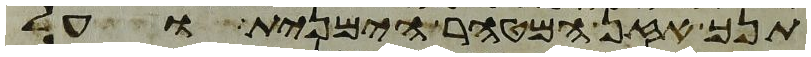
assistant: תנך אזן המטהר הימנית ועל